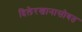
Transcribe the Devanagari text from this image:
दिलेरखानासोबत